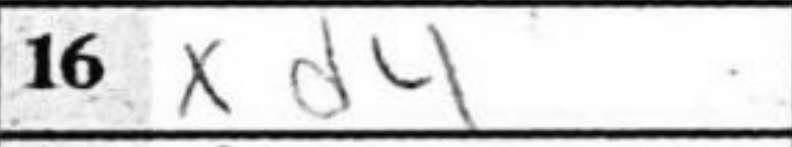
Transcription: xd4